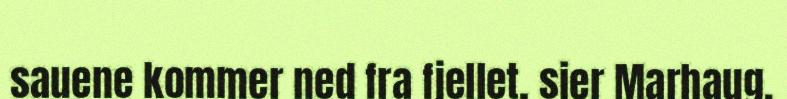
sauene kommer ned fra fjellet, sier Marhaug.